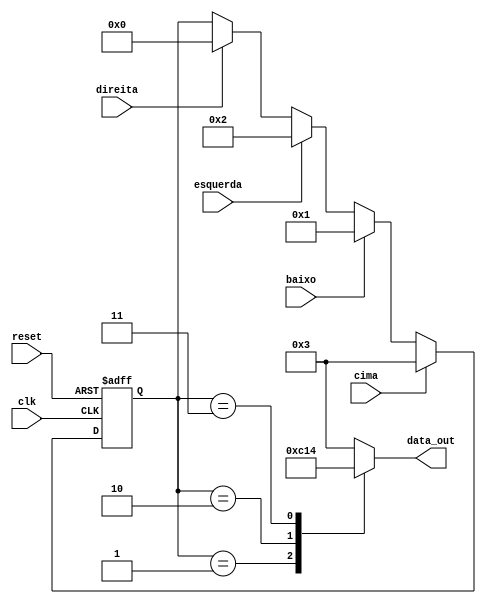
// 4-State Mealy state machine

// A Mealy machine has outputs that depend on both the state and 
// the inputs.  When the inputs change, the outputs are updated
// immediately, without waiting for a clock edge.  The outputs
// can be written more than once per state or per clock cycle.

module controle (
	input	clk, cima, baixo, esquerda, direita, reset,
	output reg [3:0] data_out
);

	// Declare state register
	reg		[3:0]state;
	
	// Declare states
	parameter S0 = 0, S1 = 1, S2 = 2, S3 = 3;
	/*
		S0 = DIREITA
		S1 = BAIXO
		S2 = ESQUERDA
		S3 = CIMA
	*/
	
	// Determine the next state synchronously, based on the
	// current state and the input
	always @ (state) begin
		case (state)
			S0:
				data_out = 4'b0011;
			S1:
				data_out = 4'b1100;
			S2:
				data_out = 4'b0001;
			S3:
				data_out = 4'b0100;
			default:
				data_out = 4'b0011;
		endcase
	end
	
	// Determine the output based only on the current state
	// and the input (do not wait for a clock edge).
	always @ (posedge clk or posedge reset)
	begin
		if (reset) 
			state <= S0;
		else
			if (cima)
				state <= S3;
			else if (baixo)
				state <= S1;
			else if (esquerda)
				state <= S2;
			else if (direita)
				state <= S0;
	end
endmodule